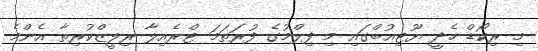
މި ރިކޯޑް ހެދީ ޔޫޓިއުބްގައި މި ފިލްމުގެ ފުރަތަމަ ޓްރެއިލާ ރިލީޒްކުރިތާ އެންމެ